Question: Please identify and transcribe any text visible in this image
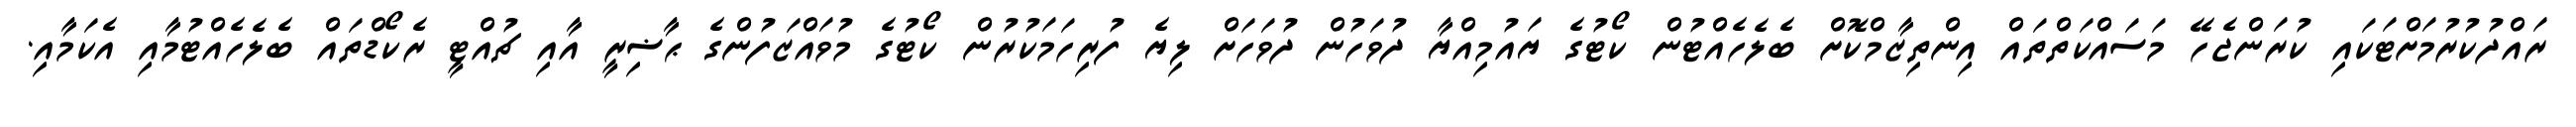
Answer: ރައްދުކުރުމަށްޓަކައި ކުރަންޖެހޭ މަސައްކަތްތައް އިންތިޒާމްކޮށް ބެލެހެއްޓުން ކޯޓުގެ ޔައުމިއްޔާ ދުވަހުން ދުވަހަށް ލިޔެ ފުރިހަމަކުރުން ކޯޓުގެ މުވައްޒަފުންގެ ޙާޟިރީ އާއި ޗުއްޓީ ރެކޯޑްތައް ބެލެހެއްޓުމާއި އެކަމާއި.